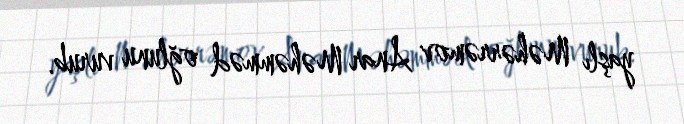
yaşlı Məhərrəmov Anar Məhəmməd oğlunu vurub.